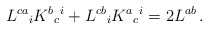
\begin{align*}L^{ca}{}_i K^{b}{}_{c}{}^i + L^{cb}{}_i K^{a}{}_{c}{}^i = 2 L^{ab}\,.\end{align*}